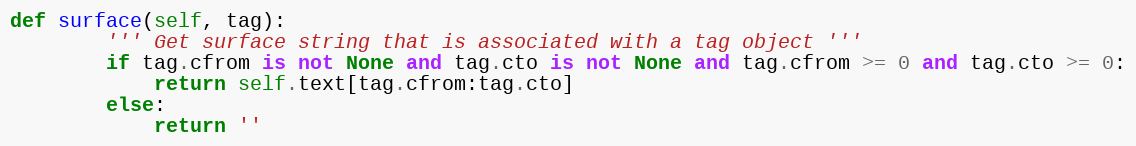
Language: Python
def surface(self, tag):
        ''' Get surface string that is associated with a tag object '''
        if tag.cfrom is not None and tag.cto is not None and tag.cfrom >= 0 and tag.cto >= 0:
            return self.text[tag.cfrom:tag.cto]
        else:
            return ''